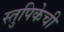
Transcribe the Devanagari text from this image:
स्तुपिकेची